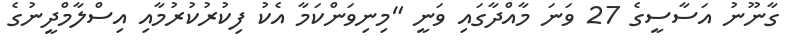
ގާނޫނު އަސާސީގެ 27 ވަނަ މާއްދާގައި ވަނީ "މިނިވަންކަމާ އެކު ފިކުރުކުރުމާއި އިސްލާމްދީނުގެ